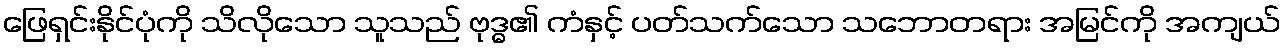
ဖြေရှင်းနိုင်ပုံကို သိလိုသော သူသည် ဗုဒ္ဓ၏ ကံနှင့် ပတ်သက်သော သဘောတရား အမြင်ကို အကျယ်